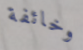
وخائفة